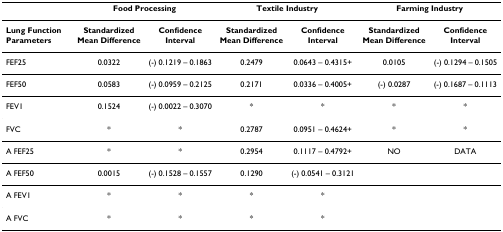
<table><thead><tr><td></td><td colspan="2"><b>Food Processing</b></td><td colspan="2"><b>Textile Industry</b></td><td colspan="2"><b>Farming Industry</b></td></tr></thead><tbody><tr><td><b>Lung Function Parameters</b></td><td><b>Standardized Mean Difference</b></td><td><b>Confidence Interval</b></td><td><b>Standardized Mean Difference</b></td><td><b>Confidence Interval</b></td><td><b>Standardized Mean Difference</b></td><td><b>Confidence Interval</b></td></tr><tr><td>FEF25</td><td>0.0322</td><td>(-) 0.1219 – 0.1863</td><td>0.2479</td><td>0.0643 – 0.4315+</td><td>0.0105</td><td>(-) 0.1294 – 0.1505</td></tr><tr><td>FEF50</td><td>0.0583</td><td>(-) 0.0959 – 0.2125</td><td>0.2171</td><td>0.0336 – 0.4005+</td><td>(-) 0.0287</td><td>(-) 0.1687 – 0.1113</td></tr><tr><td>FEV1</td><td>0.1524</td><td>(-) 0.0022 – 0.3070</td><td>*</td><td>*</td><td>*</td><td>*</td></tr><tr><td>FVC</td><td>*</td><td>*</td><td>0.2787</td><td>0.0951 – 0.4624+</td><td>*</td><td>*</td></tr><tr><td>A FEF25</td><td>*</td><td>*</td><td>0.2954</td><td>0.1117 – 0.4792+</td><td>NO</td><td>DATA</td></tr><tr><td>A FEF50</td><td>0.0015</td><td>(-) 0.1528 – 0.1557</td><td>0.1290</td><td>(-) 0.0541 – 0.3121</td><td></td><td></td></tr><tr><td>A FEV1</td><td>*</td><td>*</td><td>*</td><td>*</td><td></td><td></td></tr><tr><td>A FVC</td><td>*</td><td>*</td><td>*</td><td>*</td><td></td><td></td></tr></tbody></table>